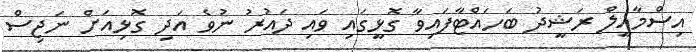
އިސްމާއީލް ރަޝީދު ބަހައްޓާފައިވާ ގޮޅީގައި ވައި ދައުރު ނުވެ އަދި ގޮޅިއަށް ނަޖިސް